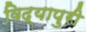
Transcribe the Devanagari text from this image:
विद्यापुरी